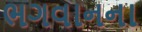
ભગવાનના